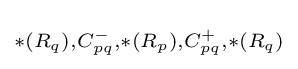
\scriptstyle *(R_{q}),C_{pq}^{-},*(R_{p}),C_{pq}^{+},*(R_{q})